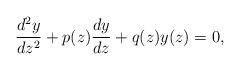
\begin{align*}\frac{d^{2}y}{dz^{2}}+p(z)\frac{dy}{dz}+q(z)y(z)=0,\end{align*}